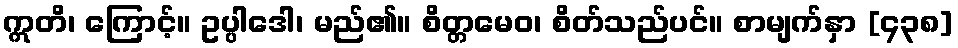
ဣတိ၊ ကြောင့်။ ဥပ္ပါဒေါ၊ မည်၏။ စိတ္တမေဝ၊ စိတ်သည်ပင်။ စာမျက်နှာ [၄၃၈]